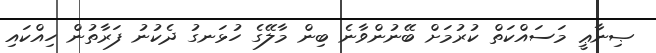
ޞިނާޢީ މަސައްކަތް ކުރުމަށް ބޭނުންވާނެ ބިން މާލޭގެ ހުޅަނގު ދެކުނު ފަރާތުން ހިއްކައި